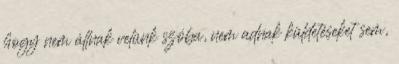
hogy nem állnak velünk szóba, nem adnak küldetéseket sem,